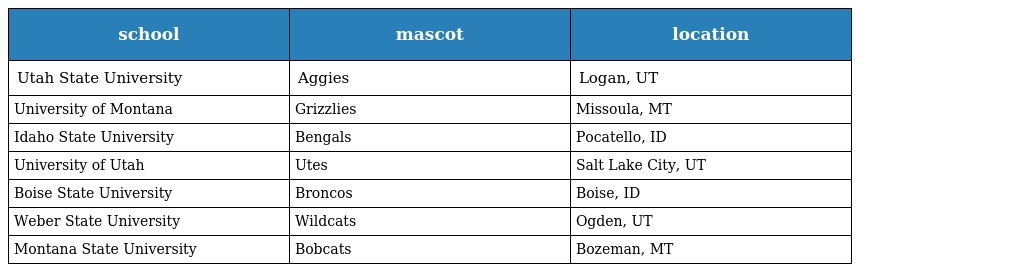
| school | mascot | location |
 | --- | --- | --- |
 | Utah State University | Aggies | Logan, UT |
 | University of Montana | Grizzlies | Missoula, MT |
 | Idaho State University | Bengals | Pocatello, ID |
 | University of Utah | Utes | Salt Lake City, UT |
 | Boise State University | Broncos | Boise, ID |
 | Weber State University | Wildcats | Ogden, UT |
 | Montana State University | Bobcats | Bozeman, MT |